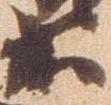
等